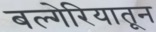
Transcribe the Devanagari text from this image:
बल्गेरियातून